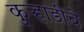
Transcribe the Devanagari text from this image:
कुऱ्हाडीचे